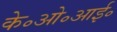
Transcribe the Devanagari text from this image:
के॰ओ॰आई॰